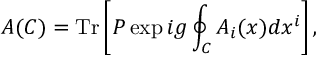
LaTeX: A ( C ) = \mathrm { T r } \left[ P \exp i g \oint _ { C } A _ { i } ( x ) d x ^ { i } \right] ,